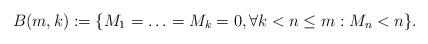
LaTeX: \begin{align*} B(m,k):= \{M_1=\ldots=M_{k}=0, \forall k<n\leq m: M_n<n\}. \end{align*}